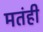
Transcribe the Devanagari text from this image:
मतंही